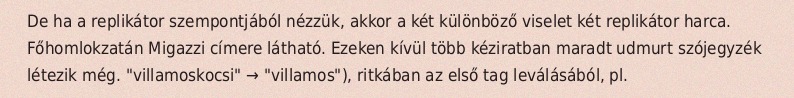
De ha a replikátor szempontjából nézzük, akkor a két különböző viselet két replikátor harca. Főhomlokzatán Migazzi címere látható. Ezeken kívül több kéziratban maradt udmurt szójegyzék létezik még. "villamoskocsi" → "villamos"), ritkában az első tag leválásából, pl.